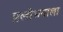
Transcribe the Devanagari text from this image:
प्रलोभनाला